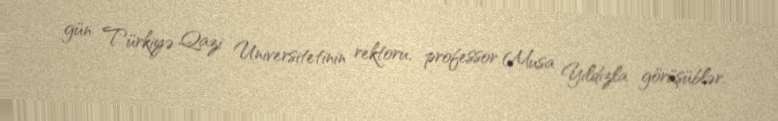
gün Türkiyə Qazi Universitetinin rektoru, professor Musa Yıldızla görüşüblər.